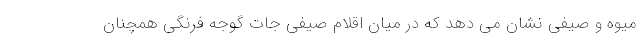
میوه و صیفی نشان می دهد که در میان اقلام صیفی جات گوجه فرنگی همچنان